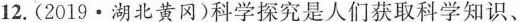
12.(2019·湖北黄冈)科学探究是人们获取科学知识、